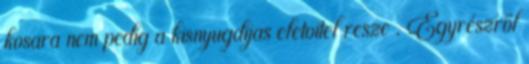
kosara nem pedig a kisnyugdijas eletvitel resze . Egyrészről